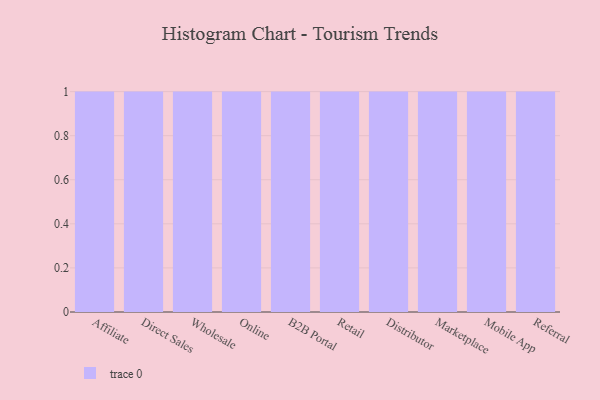
{"axis": {"x": "Channel", "y": "Market Share (%)"}, "legend": [""], "data": [{"x": "Affiliate", "y": 28, "type": ""}, {"x": "Direct Sales", "y": 70, "type": ""}, {"x": "Wholesale", "y": 2, "type": ""}, {"x": "Online", "y": 90, "type": ""}, {"x": "B2B Portal", "y": 75, "type": ""}, {"x": "Retail", "y": 41, "type": ""}, {"x": "Distributor", "y": 90, "type": ""}, {"x": "Marketplace", "y": 73, "type": ""}, {"x": "Mobile App", "y": 58, "type": ""}, {"x": "Referral", "y": 19, "type": ""}]}